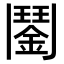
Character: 𩰔